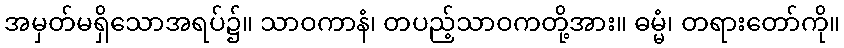
အမှတ်မရှိသောအရပ်၌။ သာဝကာနံ၊ တပည့်သာဝကတို့အား။ ဓမ္မံ၊ တရားတော်ကို။